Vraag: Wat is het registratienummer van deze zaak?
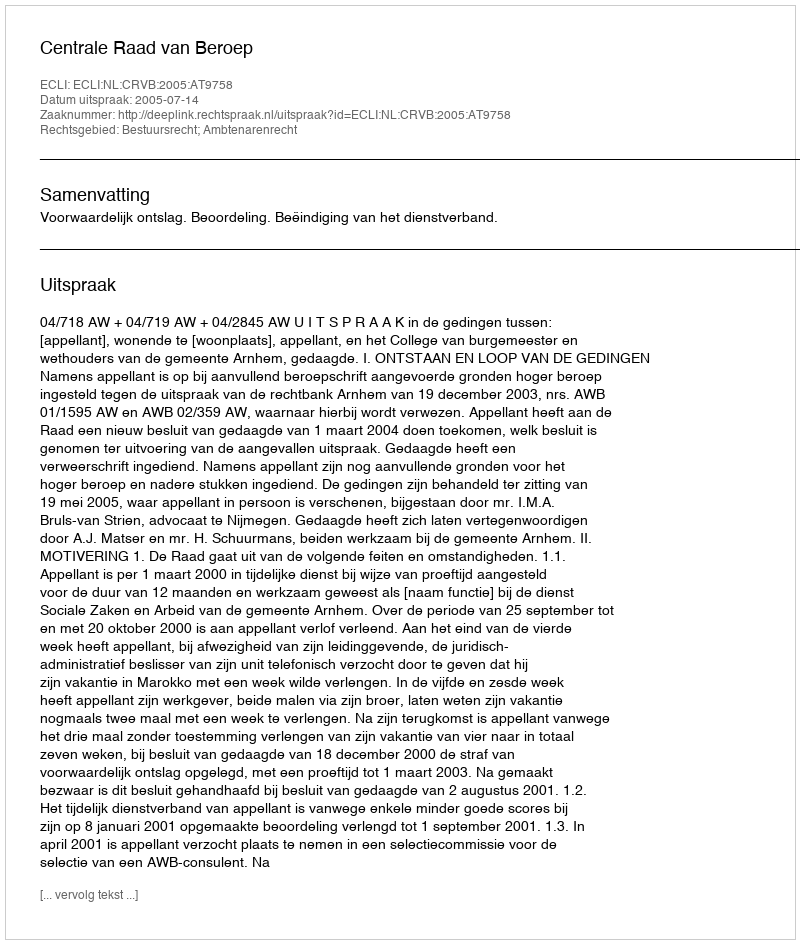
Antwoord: http://deeplink.rechtspraak.nl/uitspraak?id=ECLI:NL:CRVB:2005:AT9758